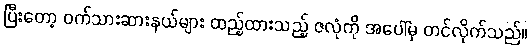
ပြီးတော့ ဝက်သားဆားနယ်များ ထည့်ထားသည့် ဇလုံကို အပေါ်မှ တင်လိုက်သည်။